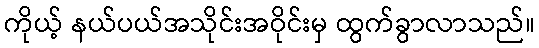
ကိုယ့် နယ်ပယ်အသိုင်းအဝိုင်းမှ ထွက်ခွာလာသည်။